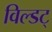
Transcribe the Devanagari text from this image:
विल्डट्